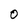
Character: 0